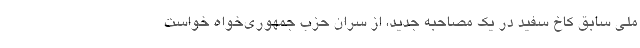
ملی سابق کاخ سفید در یک مصاحبه جدید، از سران حزب جمهوری‌خواه خواست